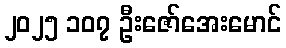
၂၀၂၅ ၁၀၇ ဦးဇော်အေးမောင်